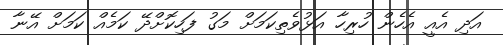
އަދި އެއީ އެހެން ހުރިހާ އަޅުވެތިކަމަށް މަގު ފަހިކޮށްދޭ ކަމެއް ކަމަށް އޭނާ